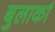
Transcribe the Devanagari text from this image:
बुलाकां